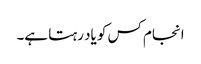
انجام کس کو یاد رہتا ہے۔